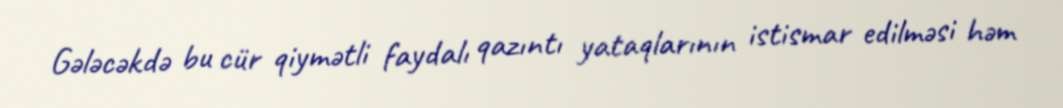
Gələcəkdə bu cür qiymətli faydalı qazıntı yataqlarının istismar edilməsi həm